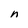
Character: n